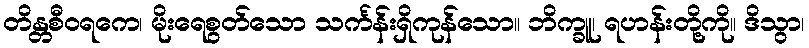
တိန္တစီဝရကေ၊ မိုးရေစွတ်သော သင်္ကန်းရှိကုန်သော။ ဘိက္ခူ၊ ရဟန်းတို့ကို။ ဒိသွာ၊